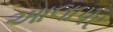
આલાપર